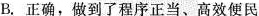
B.正确，做到了程序正当、高效便民